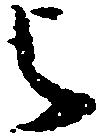
与